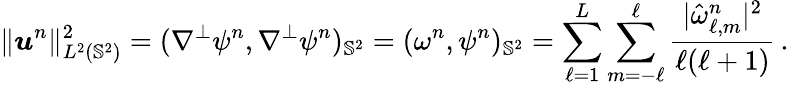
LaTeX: \lVert\boldsymbol{u}^{n}\rVert_{L^{2}(\mathbb{S}^{2})}^{2}=(\nabla^{\perp}\psi^{n},\nabla^{\perp}\psi^{n})_{\mathbb{S}^{2}}=(\omega^{n},\psi^{n})_{\mathbb{S}^{2}}=\sum_{\ell=1}^{L}\sum_{m=-\ell}^{\ell}\frac{|\hat{\omega}_{\ell,m}^{n}|^{2}}{\ell(\ell+1)}\, .